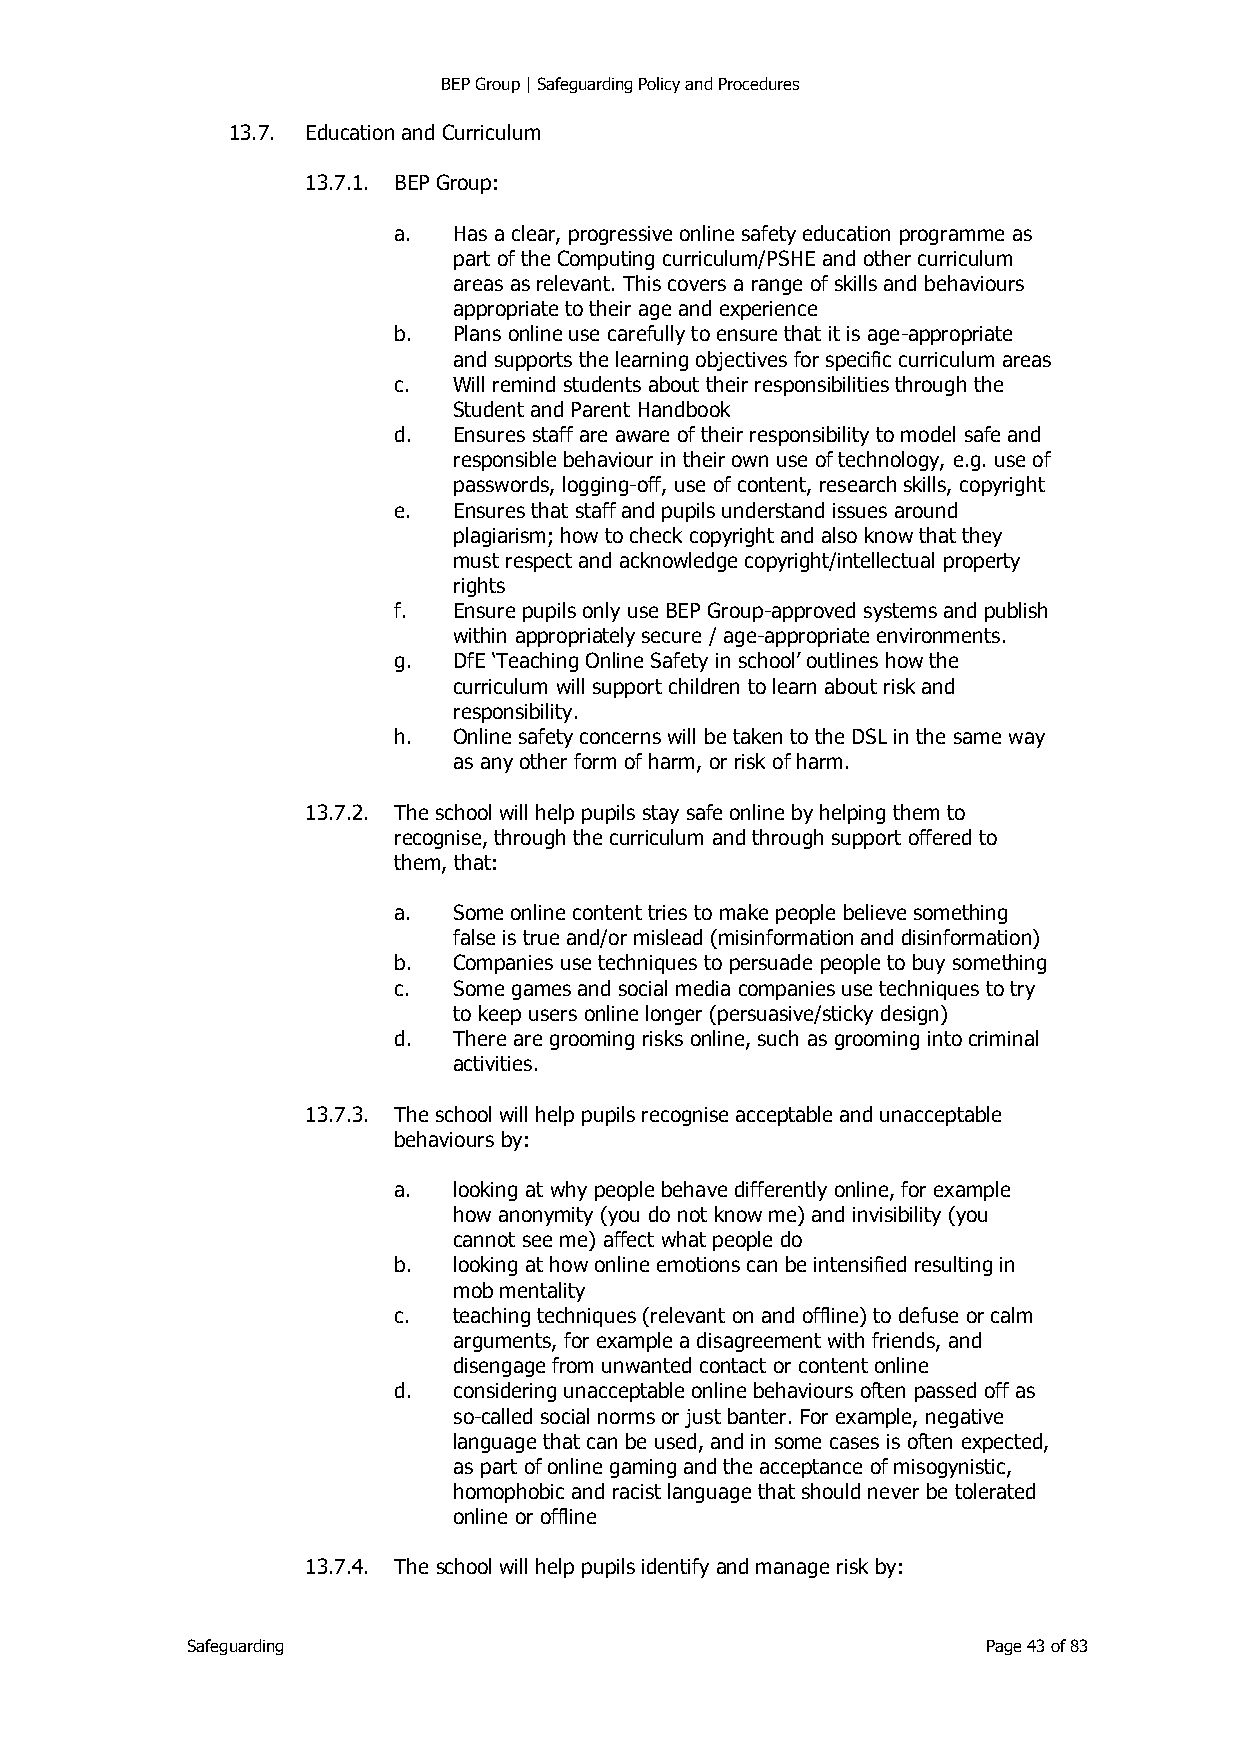
BEP Group | Safeguarding Policy and Procedures
 13.7. Education and Curriculum
 13.7.1. BEP Group:
 a.  Has a clear, progressive online safety education programme as
 part of the Computing curriculum/PSHE and other curriculum
 areas as relevant. This covers a range of skills and behaviours
 appropriate to their age and experience
 b.  Plans online use carefully to ensure that it is age-appropriate
 and supports the learning objectives for specific curriculum areas
 c.  Will remind students about their responsibilities through the
 Student and Parent Handbook
 d.  Ensures staff are aware of their responsibility to model safe and
 responsible behaviour in their own use of technology, e.g. use of
 passwords, logging-off, use of content, research skills, copyright
 e.  Ensures that staff and pupils understand issues around
 plagiarism; how to check copyright and also know that they
 must respect and acknowledge copyright/intellectual property
 rights
 f.  Ensure pupils only use BEP Group-approved systems and publish
 within appropriately secure / age-appropriate environments.
 g.  DfE ‘Teaching Online Safety in school’ outlines how the
 curriculum will support children to learn about risk and
 responsibility.
 h.  Online safety concerns will be taken to the DSL in the same way
 as any other form of harm, or risk of harm.
 13.7.2. The school will help pupils stay safe online by helping them to
 recognise, through the curriculum and through support offered to
 them, that:
 a.  Some online content tries to make people believe something
 false is true and/or mislead (misinformation and disinformation)
 b.  Companies use techniques to persuade people to buy something
 c.  Some games and social media companies use techniques to try
 to keep users online longer (persuasive/sticky design)
 d.  There are grooming risks online, such as grooming into criminal
 activities.
 13.7.3. The school will help pupils recognise acceptable and unacceptable
 behaviours by:
 a.  looking at why people behave differently online, for example
 how anonymity (you do not know me) and invisibility (you
 cannot see me) affect what people do
 b.  looking at how online emotions can be intensified resulting in
 mob mentality
 c.  teaching techniques (relevant on and offline) to defuse or calm
 arguments, for example a disagreement with friends, and
 disengage from unwanted contact or content online
 d.  considering unacceptable online behaviours often passed off as
 so-called social norms or just banter. For example, negative
 language that can be used, and in some cases is often expected,
 as part of online gaming and the acceptance of misogynistic,
 homophobic and racist language that should never be tolerated
 online or offline
 13.7.4. The school will help pupils identify and manage risk by:
 Safeguarding                                         Page 43 of 83